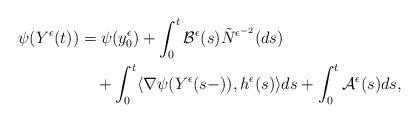
LaTeX: \begin{align*}\begin{aligned}\psi(Y^{\epsilon}(t))&=\psi(y^{\epsilon}_{0})+\int_0^t\mathcal{B}^{\epsilon}(s)\tilde{N}^{\epsilon^{-2}}(ds)\\&\quad+\int_0^t\langle\nabla\psi(Y^{\epsilon}(s-)),h^{\epsilon}(s)\rangle ds+\int_0^t\mathcal{A}^{\epsilon}(s)ds,\end{aligned}\end{align*}